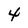
Character: 4